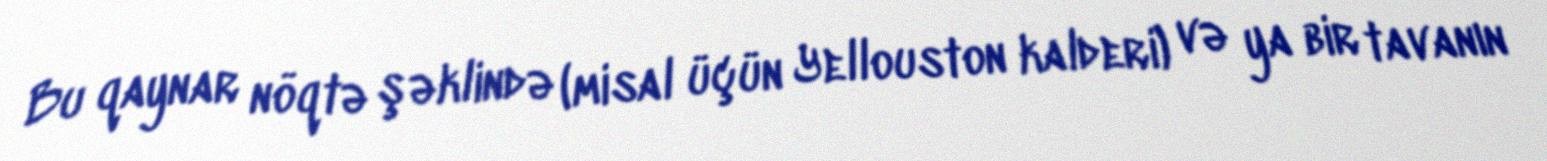
Bu qaynar nöqtə şəklində (misal üçün Yellouston kalderi) və ya bir tavanın